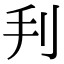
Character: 𠛃